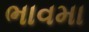
ભાવમા